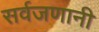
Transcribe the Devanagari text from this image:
सर्वजणानी